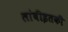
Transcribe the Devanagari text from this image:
लांबीइतकी